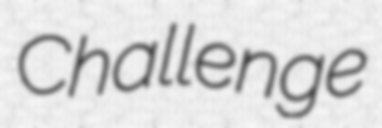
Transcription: Challenge